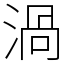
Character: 渦